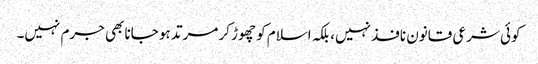
کوئی شرعی قانون نافذ نہیں، بلکہ اسلام کو چھوڑ کر مرتد ہو جانا بھی جرم نہیں۔